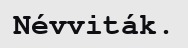
Névviták.